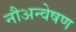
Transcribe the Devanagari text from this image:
नौअन्वेषण